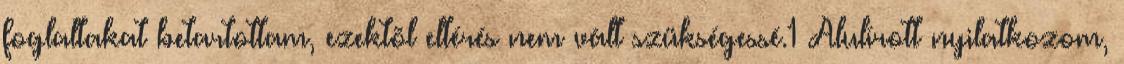
foglaltakat betartottam, ezektõl eltérés nem vált szükségessé.1 Alulírott nyilatkozom,